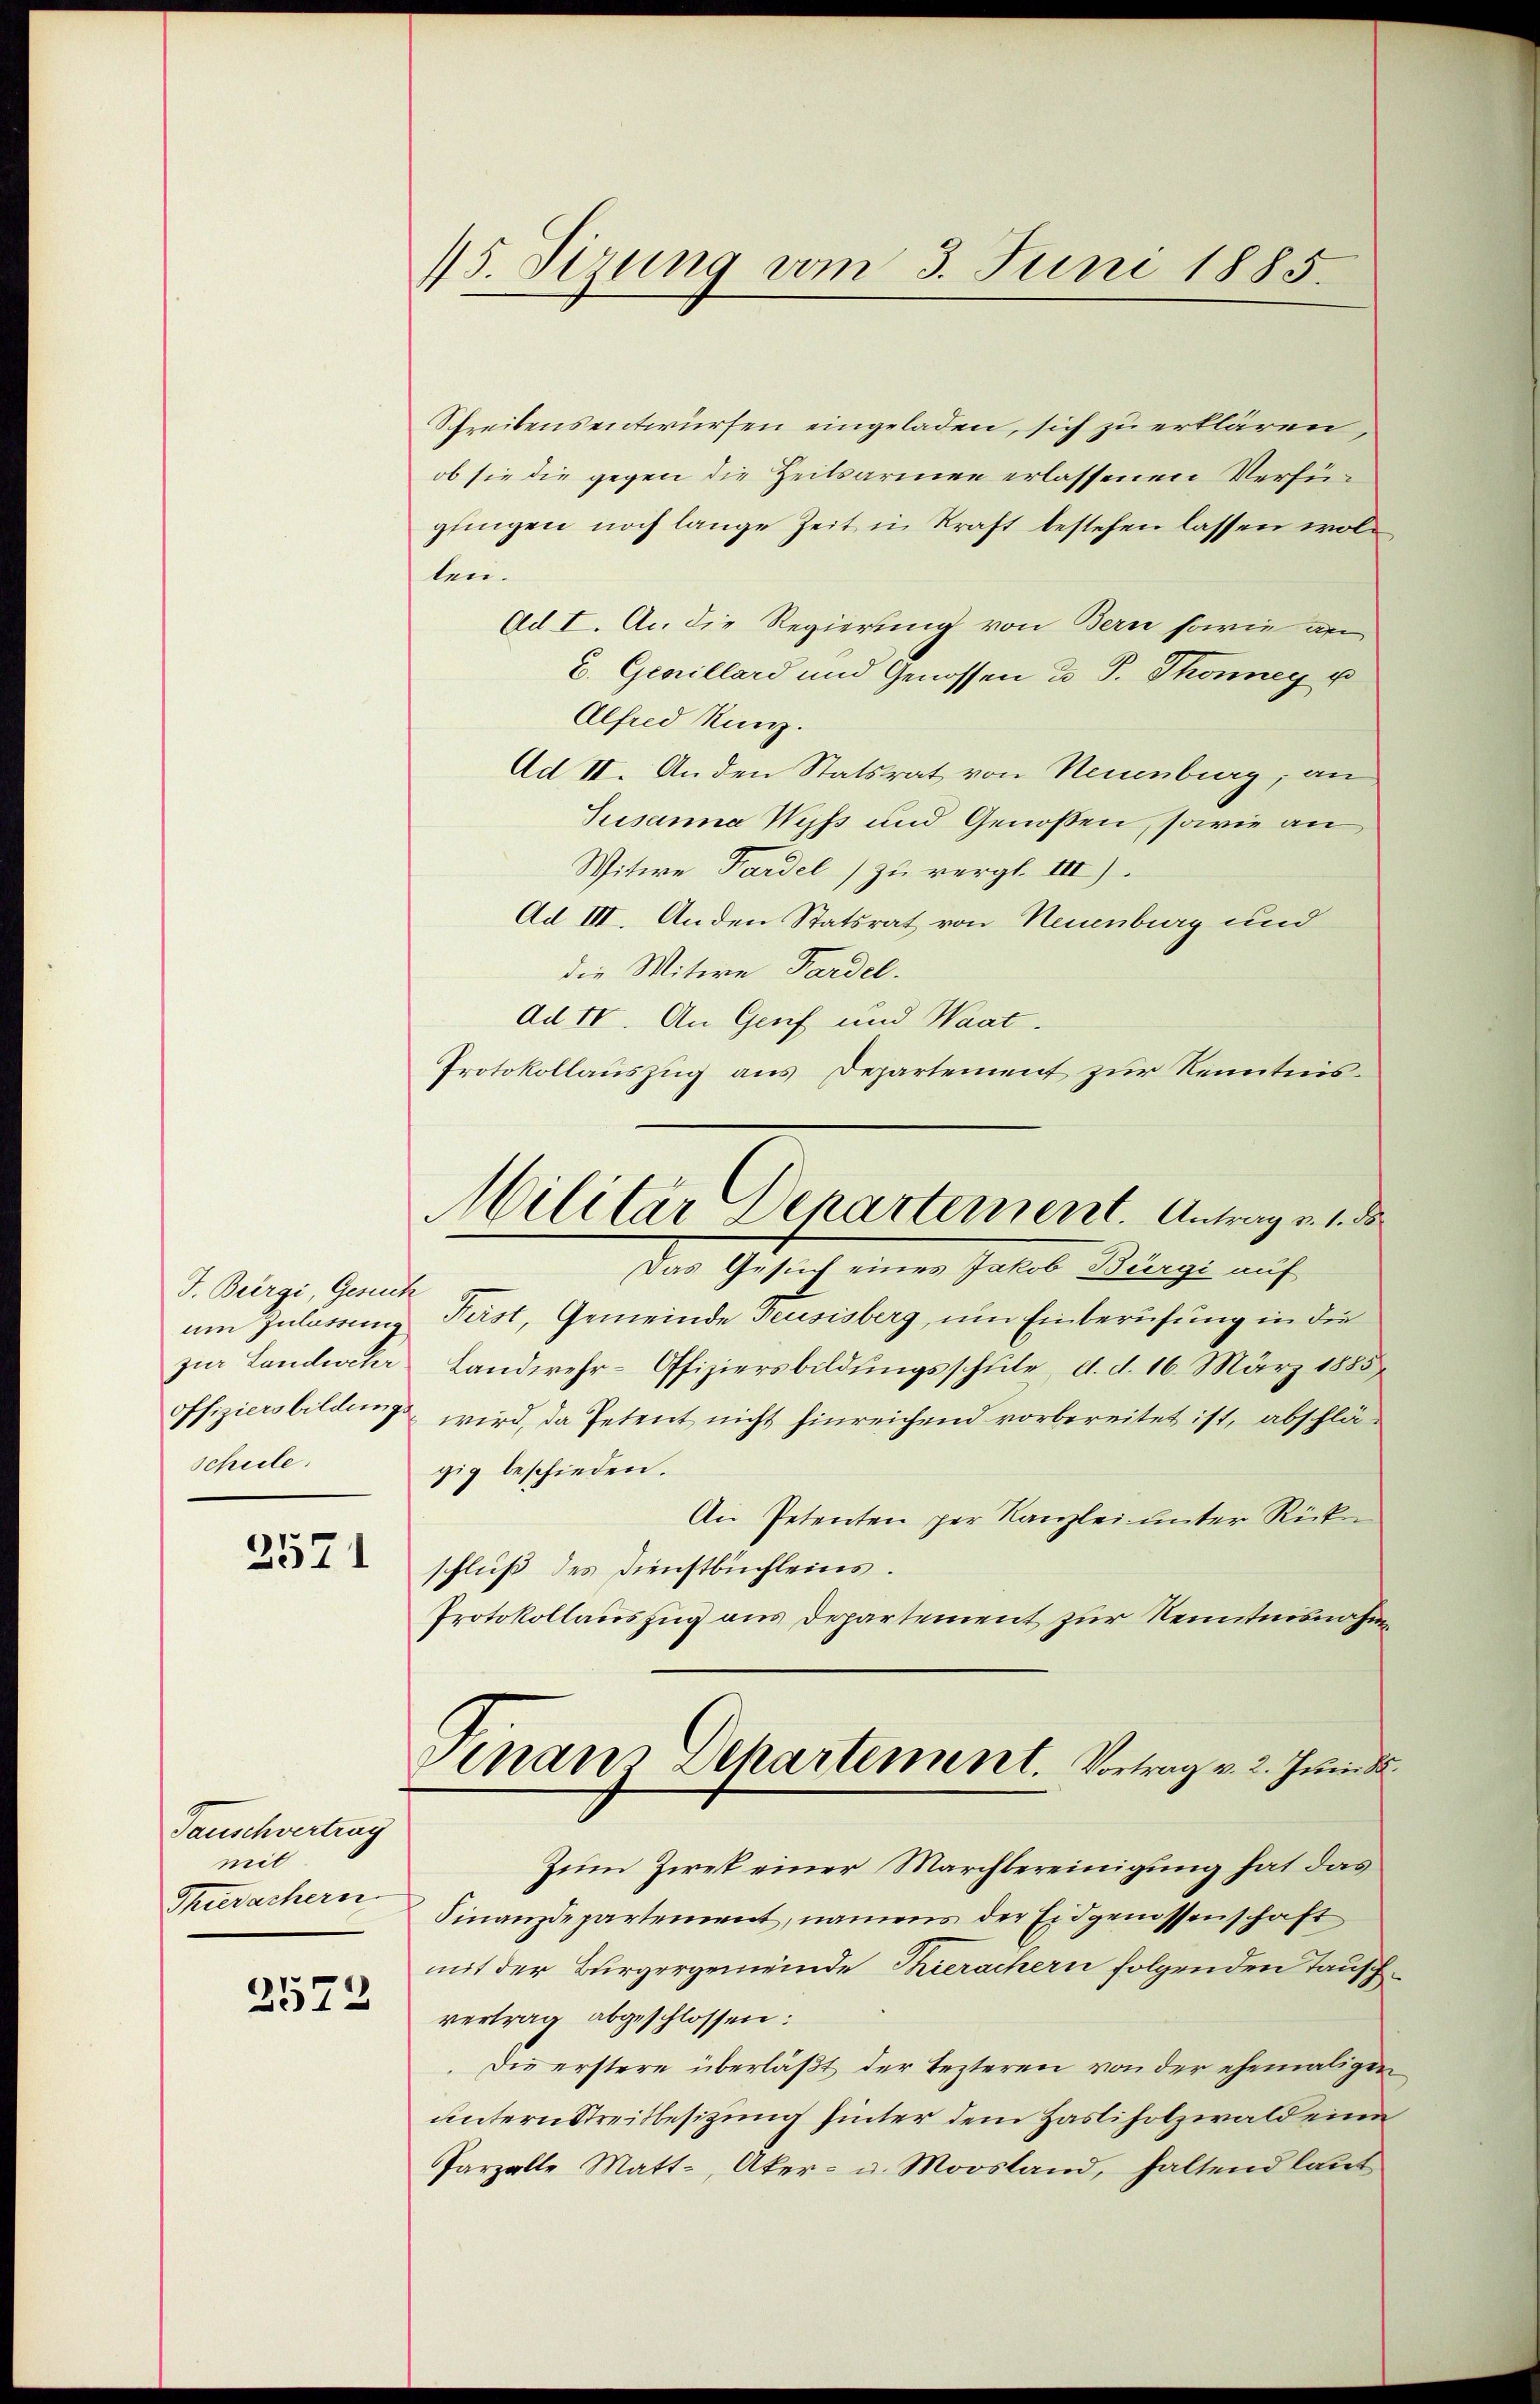
J. Biirgi, Gesuch
um Zulassung
offiziers bildungs
scheele.

2571

Tauschvertrag
mit
Thurachern
2572

15. Sizung vom 3. Juni 1885.

Schreibensentwürfen eingeladen, sich zu erklären,
ob sie die gegen die Zeitsarmen erlassenen Verfüglingen noch lange Zeit in Kraft bestehen lassen wollen.
Ad I. An die Regierung von Bern sowie an
E. Gevillard und Genossen u P. Thonney u
Alfred Kunz.
Ad II. Anden Statsrat von Neuenburg, an
Jusanna Wyss und Genossen, sowie an
Witwe Pardel) zu vergl. III).
Ad III. Anden Statsrat von Neuenburg und
die Mitere Fardel.
ad IV. An Genf und Waat.
Protokollauszug aus Departement zur Kenntnis¬
Das Gesuch eines Jakob Bürgi auf
First, Gemeinde Feusisberg, um Einberufung in die
zur Landweter Landwehr-Offiziersbildungsschule, d. d. 16. März 1885
wird, da Petent nicht hinreichend vorbereitet ist, abschlägig beschieden.
An Petenten per Kanzlei unter Ricken
schluß des Dienstbuchleins.
Protokollauszug aus Departement zur Kenntnisnahme
Finanz Dehartement. Vortrag v. 2. Juni d
Zum Ziek einer Marchbereinigung hat das
Finanzdepartement, namens der Eidgenossenschaft
mit der Bürgergemeinde Thierachern folgenden Tausch-
vertrag abgeschlossen:
Die erstere überläßt der Lezteren von der ehemaligen
untern Streitbesitzung hinter dem Hasliholzwald eine
Parzalle Matt, Aker- u. Moostand, haltend laut

Militär Departement. Antrag v. 1. ds